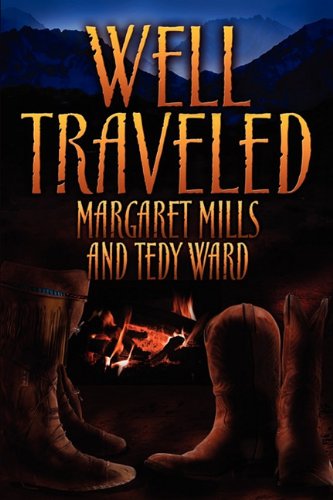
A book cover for Well Traveled; Margaret Mills; Romance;